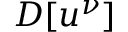
D [ u ^ { \nu } ]